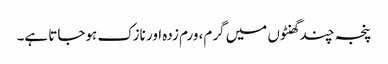
پنجہ چند گھنٹوں میں گرم، ورم زدہ اور نازک ہوجاتا ہے۔